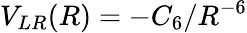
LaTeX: V_{LR}(R)=-C_{6}/R^{-6}